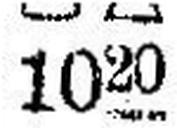
1020